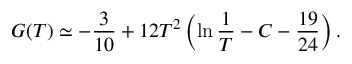
G ( T ) \simeq - \frac { 3 } { 1 0 } + 1 2 T ^ { 2 } \left( \ln \frac { 1 } { T } - C - \frac { 1 9 } { 2 4 } \right) .